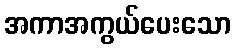
အကာအကွယ်ပေးသော